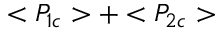
< P _ { 1 c } > + < P _ { 2 c } >